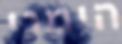
הימני